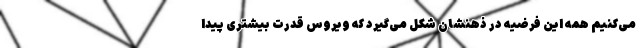
می‌کنیم همه این فرضیه در ذهنشان شکل می‌گیرد که ویروس قدرت بیشتری پیدا